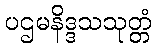
ပဌမနိဒ္ဒသသုတ္တံ